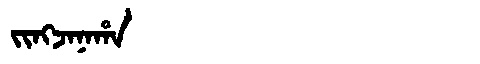
Manchu: ᠵᡳᠩᠵᠠᠨᠠᡥᠠ
Romanization: JINGJANAHA